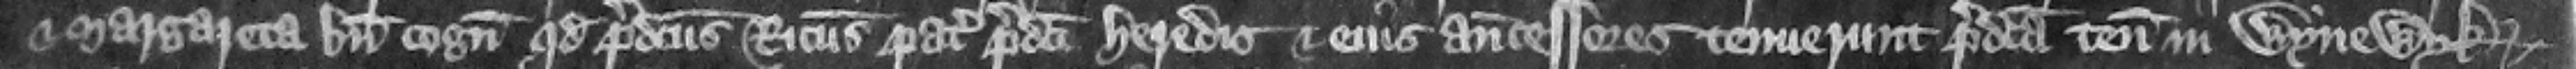
et Margareta bene cognouerunt quod predictus Ricardus pater predicti heredis et eius antecessores tenuerunt predicta tenementa in Wynewyk